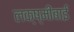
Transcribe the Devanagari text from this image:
लक्ष्‍मीबाई